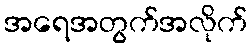
အရေအတွက်အလိုက်